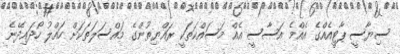
ސިޔާސީ ޕާޓީއެއްގެ އެއްމެ އަސާސީ އެއް މަސައްކަތަކީ ރައްޔިތުންގެ މައްސަލަތަކަށް ހައްލު ހޯދައިދޭނެ